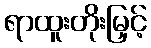
ရာထူးတိုးမြှင့်